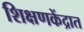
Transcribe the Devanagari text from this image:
शिक्षणकेंद्रात